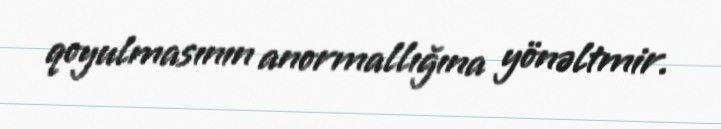
qoyulmasının anormallığına yönəltmir.